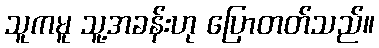
သူကမူ သူ့အခန်းဟု ပြောတတ်သည်။